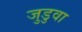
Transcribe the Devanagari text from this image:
जुडुवा